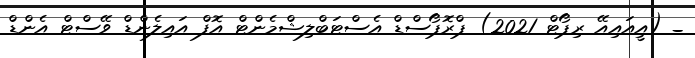
_ (އީއައިއޭ ރިޕޯޓް 2021) ޕްރޮޕޯސްޑް އެސްޓަބްލިޝްމެންޓް އޮފް އައިލެންޑް ވޭސްޓް އެންޑް